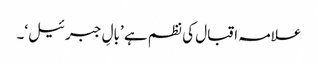
علامہ اقبال کی نظم ہے ’بالِ جبرئیل‘۔